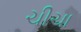
ચીચા